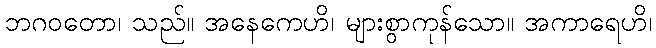
ဘဂဝတော၊ သည်။ အနေကေဟိ၊ များစွာကုန်သော။ အကာရေဟိ၊